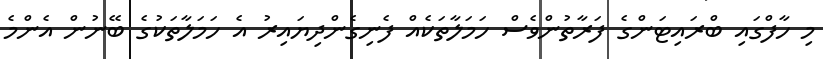
މި ހާފްގައި ބްރައިޓަންގެ ފަރާތުންވެސް ހަމަލާތަކެއް ފެނިގެންދިޔައިރު އެ ހަމަލާތަކުގެ ބޭނުން އެންމެ